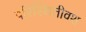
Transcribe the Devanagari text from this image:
परिस्थितीवश